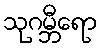
သုဂမ္ဘီရော